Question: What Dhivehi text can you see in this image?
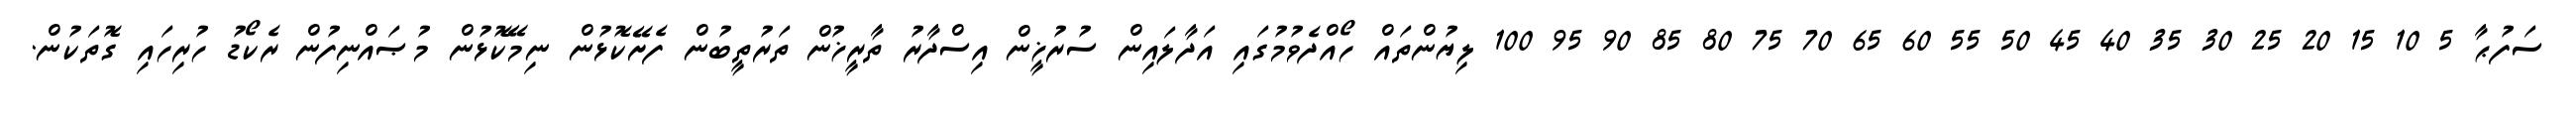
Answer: ސަފުޙާ 5 10 15 20 25 30 35 40 45 50 55 60 65 70 75 80 85 90 95 100 ލިޔުންތައް ހޯއްދެވުމުގައި އަދާލައިން ސުރުޚީން އިސްދާރު ތާރީޚުން ތަރުތީބުން ފެށޭކޮޅުން ނިމޭކޮޅުން މުޞައްނިފުން ރެކޯޑު ހުރިހައި ގޮތަކުން.